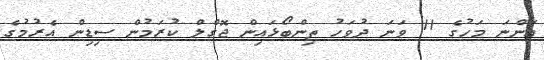
އަންނަ މަހުގެ 11 ވަަނަ ދުވަހު ތިންބޯޅައިން ޖޮގްލް ކުރަމުން ސިޑިން އެރުމުގެ